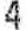
4